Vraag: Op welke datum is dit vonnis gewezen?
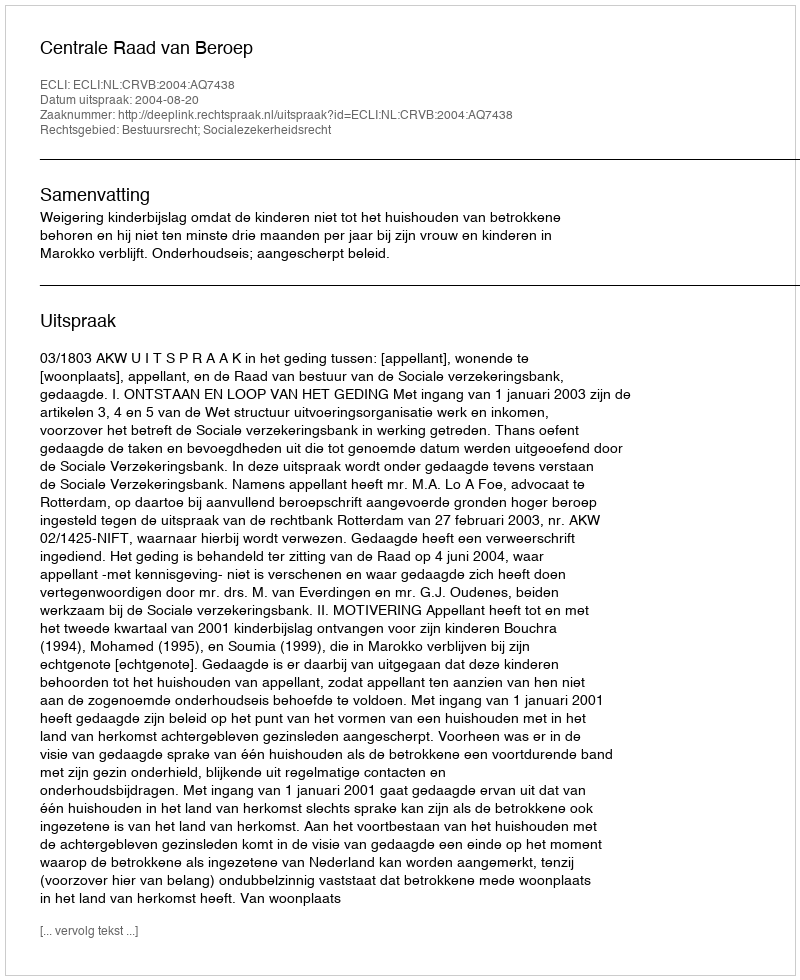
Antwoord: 2004-08-20